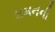
શમનની